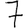
Digit: 7